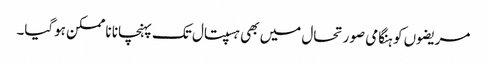
مریضوں کو ہنگامی صورتحال میں بھی ہسپتال تک پہنچانا ناممکن ہوگیا۔